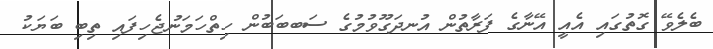
ބެލެވޭ ގޮތުގައި އެއީ އޭނާގެ ފަރާތުން އުނދަގޫވުމުގެ ސަބބަބުން ހިތްހަމަނުޖެހިފައި ތިބި ބަޔަކު